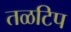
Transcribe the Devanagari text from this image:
तळटिप